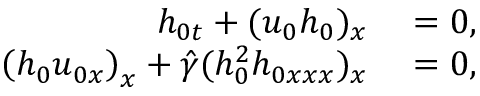
\begin{array} { r l } { h _ { 0 t } + ( u _ { 0 } h _ { 0 } ) _ { x } } & { { } = 0 , } \\ { \left( h _ { 0 } u _ { 0 x } \right) _ { x } + \hat { \gamma } ( h _ { 0 } ^ { 2 } h _ { 0 x x x } ) _ { x } } & { { } = 0 , } \end{array}